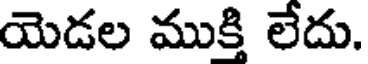
యెడల ముక్తి లేదు.